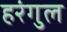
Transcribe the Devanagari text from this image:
हरंगुल